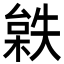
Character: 𣗻